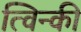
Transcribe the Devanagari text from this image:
त्विन्की